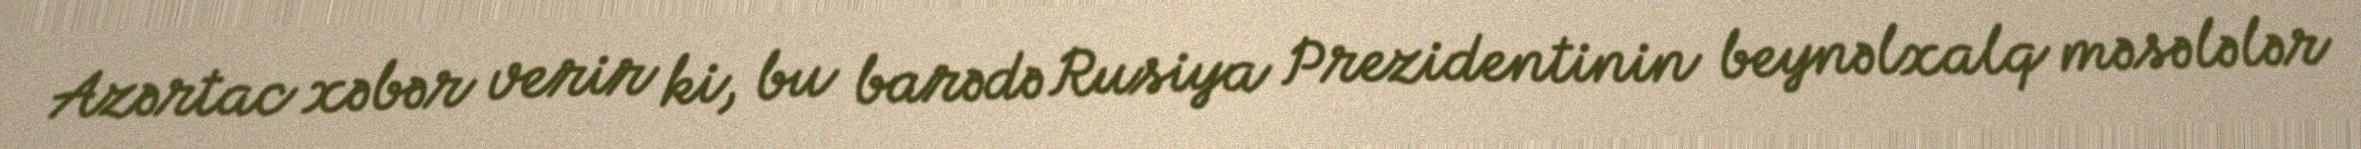
Azərtac xəbər verir ki, bu barədə Rusiya Prezidentinin beynəlxalq məsələlər